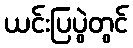
ယင်းပြပွဲတွင်